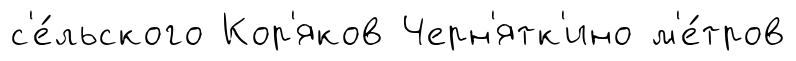
с'е́льского Кор'яков Черн'ятк'ино м'е́тров